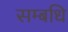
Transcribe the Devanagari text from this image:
सम्बधि